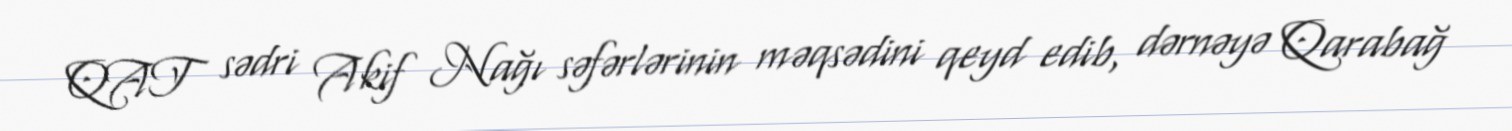
QAT sədri Akif Nağı səfərlərinin məqsədini qeyd edib, dərnəyə Qarabağ